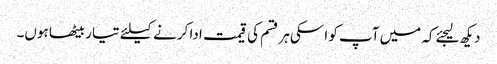
دیکھ لیجئےکہ میں آپ کو اسکی ہر قسم کی قیمت ادا کرنے کیلئے تیار بیٹھا ہوں۔